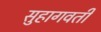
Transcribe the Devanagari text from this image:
सुहागवती